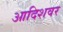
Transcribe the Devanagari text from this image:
आदिशवर